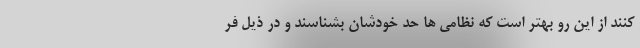
کنند از این رو بهتر است که نظامی ها حد خودشان بشناسند و در ذیل فر